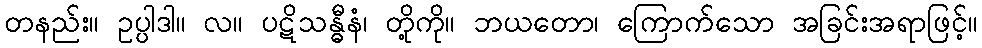
တနည်း။ ဥပ္ပါဒါ။ လ။ ပဋိသန္ဓီနံ၊ တို့ကို။ ဘယတော၊ ကြောက်သော အခြင်းအရာဖြင့်။